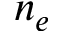
n _ { e }